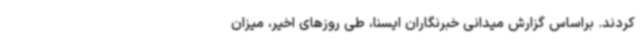
کردند. براساس گزارش میدانی خبرنگاران ایسنا، طی روزهای اخیر، میزان